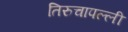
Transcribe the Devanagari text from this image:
तिरुचापल्ली